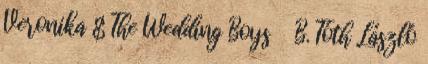
Veronika & The Wedding Boys B. Tóth László